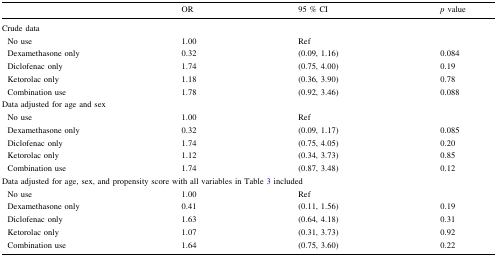
|  | OR | 95 % CI | p value |
 | --- | --- | --- | --- |
 | <COLSPAN=4> Crude data |
 | No use | 1.00 | Ref |  |
 | Dexamethasone only | 0.32 | (0.09, 1.16) | 0.084 |
 | Diclofenac only | 1.74 | (0.75, 4.00) | 0.19 |
 | Ketorolac only | 1.18 | (0.36, 3.90) | 0.78 |
 | Combination use | 1.78 | (0.92, 3.46) | 0.088 |
 | <COLSPAN=4> Data adjusted for age and sex |
 | No use | 1.00 | Ref |  |
 | Dexamethasone only | 0.32 | (0.09, 1.17) | 0.085 |
 | Diclofenac only | 1.74 | (0.75, 4.05) | 0.20 |
 | Ketorolac only | 1.12 | (0.34, 3.73) | 0.85 |
 | Combination use | 1.74 | (0.87, 3.48) | 0.12 |
 | <COLSPAN=4> Data adjusted for age, sex, and propensity score with all variables in Table 3 included |
 | No use | 1.00 | Ref |  |
 | Dexamethasone only | 0.41 | (0.11, 1.56) | 0.19 |
 | Diclofenac only | 1.63 | (0.64, 4.18) | 0.31 |
 | Ketorolac only | 1.07 | (0.31, 3.73) | 0.92 |
 | Combination use | 1.64 | (0.75, 3.60) | 0.22 |